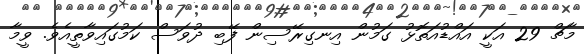
މާޗް 29 އަކީ އައްޑުއަތޮޅު ގަމުން އިނގިރޭސިން ފޭބި ދުވަސް ކަމުގައިވާތީއެވެ. ވީމާ